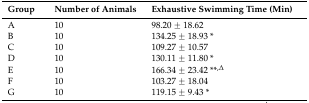
| Group | Number of Animals | Exhaustive Swimming Time (Min) |
 | --- | --- | --- |
 | A | 10 | 98.20 ± 18.62 |
 | B | 10 | 134.25 ± 18.93 * |
 | C | 10 | 109.27 ± 10.57 |
 | D | 10 | 130.11 ± 11.80 * |
 | E | 10 | 166.34 ± 23.42 **,∆ |
 | F | 10 | 103.27 ± 18.04 |
 | G | 10 | 119.15 ± 9.43 * |